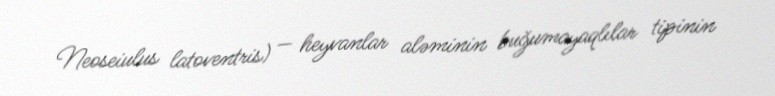
Neoseiulus latoventris) — heyvanlar aləminin buğumayaqlılar tipinin